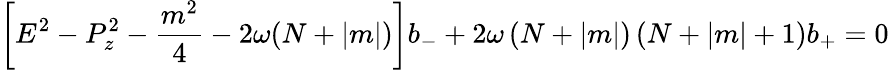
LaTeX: \left[E^{2}-P_{z}^{2}-\frac{m^{2}}{4}-2\omega(N+\left|m\right|)\right]b_{-}+2\omega\left(N+\left|m\right|\right)\left(N+\left|m\right|+1\right)b_{+}=0